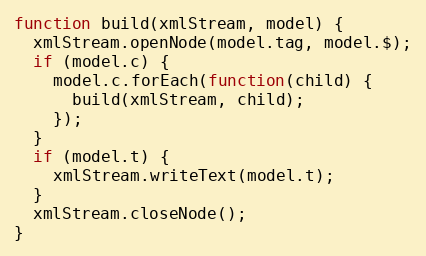
Language: JavaScript
function build(xmlStream, model) {
  xmlStream.openNode(model.tag, model.$);
  if (model.c) {
    model.c.forEach(function(child) {
      build(xmlStream, child);
    });
  }
  if (model.t) {
    xmlStream.writeText(model.t);
  }
  xmlStream.closeNode();
}